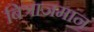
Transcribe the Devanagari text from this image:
बित्राजमान